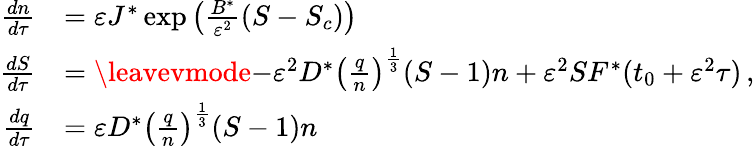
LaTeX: \begin{array}{rl}{{\frac{dn}{d\tau}}}&{={\varepsilon}J^{*}\exp\left(\frac{B^{*}}{{\varepsilon}^{2}}(S-S_{c})\right)}\\ {{\frac{dS}{d\tau}}}&{=\leavevmode{-{\varepsilon}^{2}D^{*}\left(\frac{q}{n}\right)^{\frac{1}{3}}(S-1)n+{\varepsilon}^{2}SF^{*}(t_{0}+{\varepsilon}^{2}\tau)\, ,}}\\ {{\frac{dq}{d\tau}}}&{={\varepsilon}D^{*}\left(\frac{q}{n}\right)^{\frac{1}{3}}(S-1)n}\end{array}